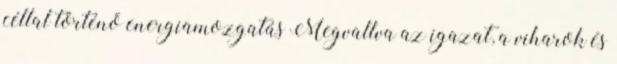
céllal történő energiamozgatás Megvallva az igazat, a viharok és